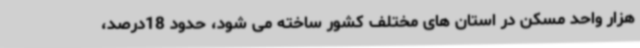
هزار واحد مسکن در استان های مختلف کشور ساخته می شود، حدود 18درصد،